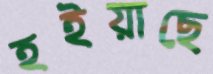
হইয়াছে